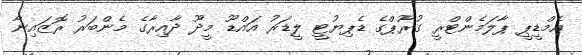
އެމްޑީޕީ ޕާލަމެންޓްރީ ގުރޫޕްގެ ޑެޕިޔުޓީ ލީޑަރު އައްޑޫ މީދޫ ދާއިރާގެ މެންބަރު ރޮޒައިނާ